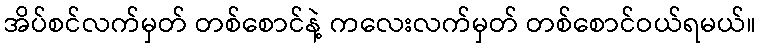
အိပ်စင်လက်မှတ် တစ်စောင်နဲ့ ကလေးလက်မှတ် တစ်စောင်ဝယ်ရမယ်။